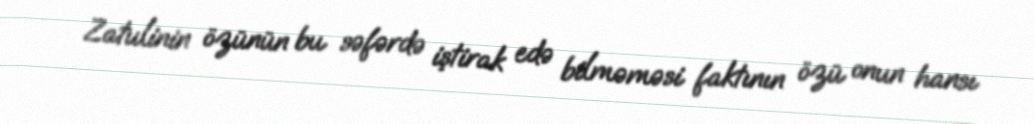
Zatulinin özünün bu səfərdə iştirak edə bilməməsi faktının özü onun hansı